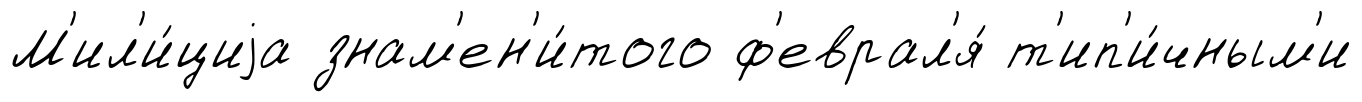
М'ил'и́циjа знам'ен'и́того ф'еврал'я́ т'ип'и́чным'и